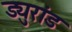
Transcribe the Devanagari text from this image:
ड्युरांड